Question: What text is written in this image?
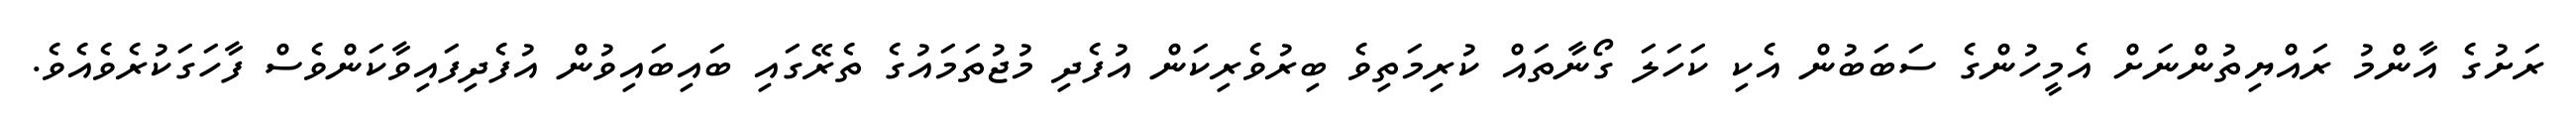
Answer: ރަށުގެ އާންމު ރައްޔިތުންނަށް އެމީހުންގެ ސަބަބުން އެކި ކަހަލަ ގޯނާތައް ކުރިމަތިވެ ބިރުވެރިކަން އުފެދި މުޖުތަމައުގެ ތެރޭގައި ބައިބައިވުން އުފެދިފައިވާކަންވެސް ފާހަގަކުރެވެއެވެ.